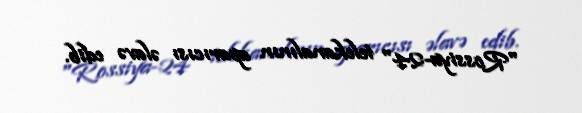
"Rossiya-24" telekanalının aparıcısı əlavə edib.